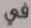
في